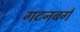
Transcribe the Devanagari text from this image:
गटनबर्ग